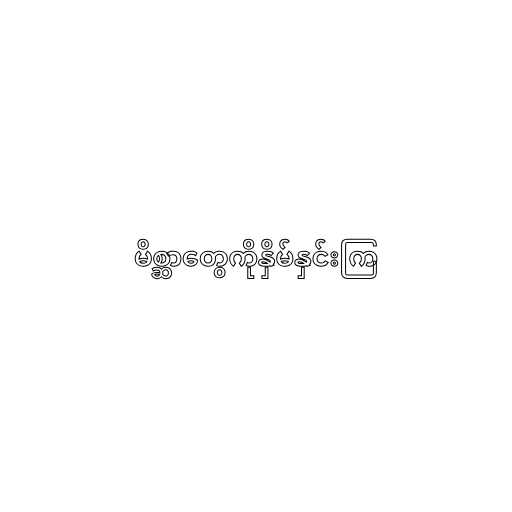
မိစ္ဆာတွေကိုနှိမ်နှင်းကြ